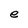
Character: e